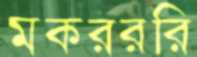
মকরররি